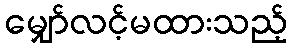
မျှော်လင့်မထားသည့်